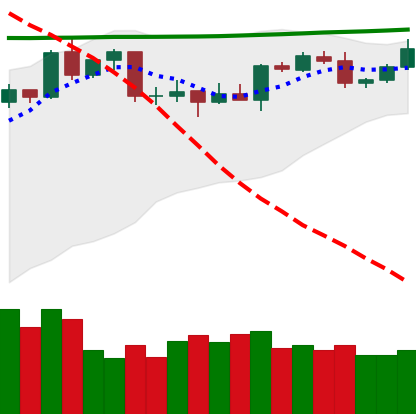
Ticker: XMR-USD
Chart end date: 2020-04-23
Forward return: 6.254%
Label: up_5_7